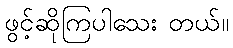
ဖွင့်ဆိုကြပါသေး တယ်။